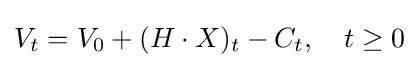
V_{t}=V_{0}+(H\cdot X)_{t}-C_{t},\quad t\geq 0